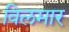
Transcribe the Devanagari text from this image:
विलमार